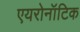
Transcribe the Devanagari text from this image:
एयरोनॉटिक